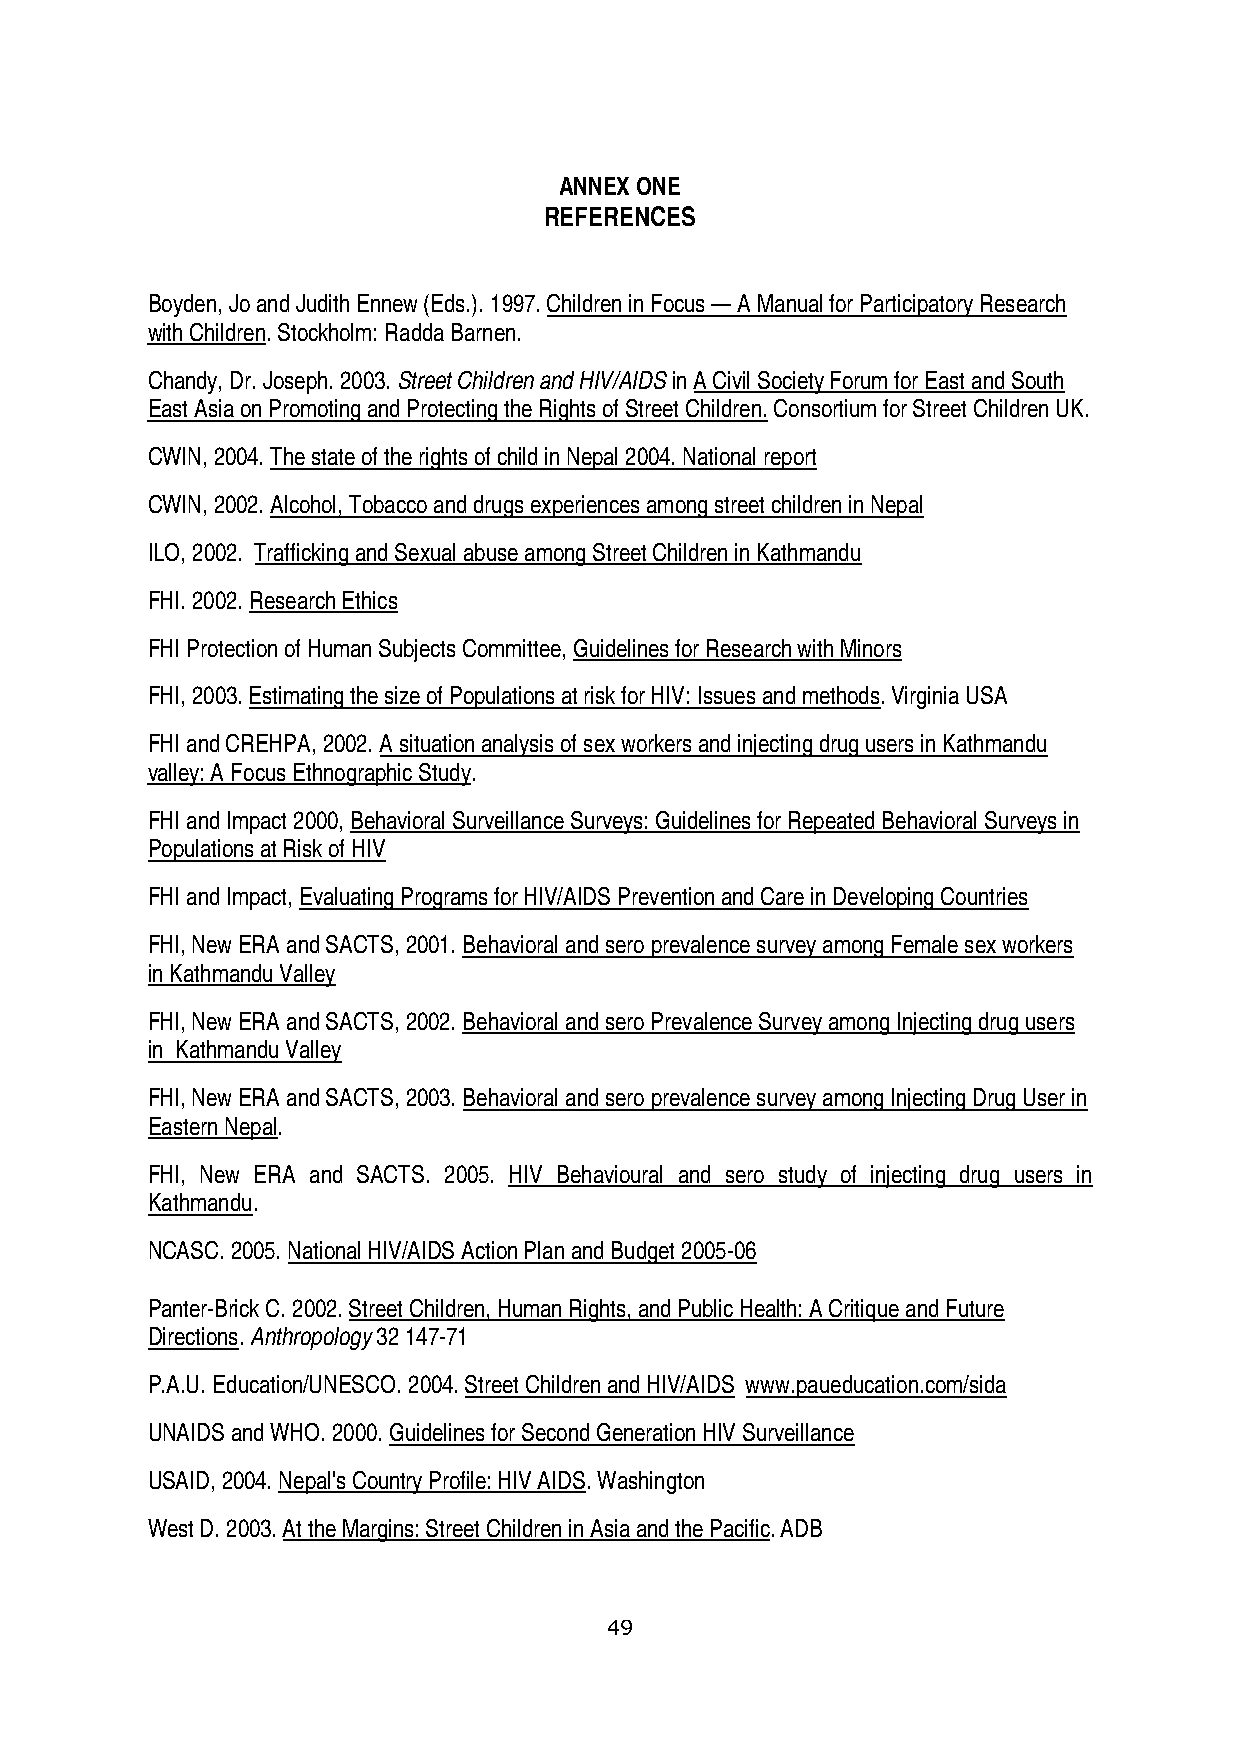
ANNEX ONE
 REFERENCES
 Boyden, Jo and Judith Ennew (Eds.). 1997. Children in Focus — A Manual for Participatory Research
 with Children. Stockholm: Radda Barnen.
 Chandy, Dr. Joseph. 2003. Street Children and HIV/AIDS in A Civil Society Forum for East and South
 East Asia on Promoting and Protecting the Rights of Street Children. Consortium for Street Children UK.
 CWIN, 2004. The state of the rights of child in Nepal 2004. National report
 CWIN, 2002. Alcohol, Tobacco and drugs experiences among street children in Nepal
 ILO, 2002. Trafficking and Sexual abuse among Street Children in Kathmandu
 FHI. 2002. Research Ethics
 FHI Protection of Human Subjects Committee, Guidelines for Research with Minors
 FHI, 2003. Estimating the size of Populations at risk for HIV: Issues and methods. Virginia USA
 FHI and CREHPA, 2002. A situation analysis of sex workers and injecting drug users in Kathmandu
 valley: A Focus Ethnographic Study.
 FHI and Impact 2000, Behavioral Surveillance Surveys: Guidelines for Repeated Behavioral Surveys in
 Populations at Risk of HIV
 FHI and Impact, Evaluating Programs for HIV/AIDS Prevention and Care in Developing Countries
 FHI, New ERA and SACTS, 2001. Behavioral and sero prevalence survey among Female sex workers
 in Kathmandu Valley
 FHI, New ERA and SACTS, 2002. Behavioral and sero Prevalence Survey among Injecting drug users
 in Kathmandu Valley
 FHI, New ERA and SACTS, 2003. Behavioral and sero prevalence survey among Injecting Drug User in
 Eastern Nepal.
 FHI, New ERA and SACTS. 2005. HIV Behavioural and sero study of injecting drug users in
 Kathmandu.
 NCASC. 2005. National HIV/AIDS Action Plan and Budget 2005-06
 Panter-Brick C. 2002. Street Children, Human Rights, and Public Health: A Critique and Future
 Directions. Anthropology 32 147-71
 P.A.U. Education/UNESCO. 2004. Street Children and HIV/AIDS www.paueducation.com/sida
 UNAIDS and WHO. 2000. Guidelines for Second Generation HIV Surveillance
 USAID, 2004. Nepal's Country Profile: HIV AIDS. Washington
 West D. 2003. At the Margins: Street Children in Asia and the Pacific. ADB
 49